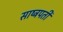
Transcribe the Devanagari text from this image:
साष्ट्रपती